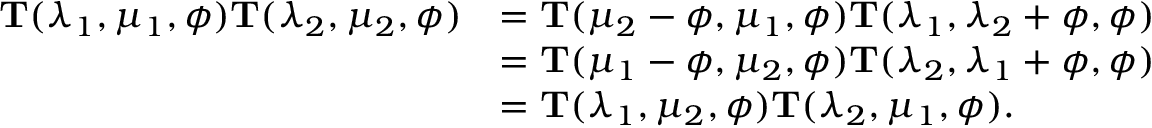
\begin{array} { r l } { \mathbf { T } ( \lambda _ { 1 } , \mu _ { 1 } , \phi ) \mathbf { T } ( \lambda _ { 2 } , \mu _ { 2 } , \phi ) } & { = \mathbf { T } ( \mu _ { 2 } - \phi , \mu _ { 1 } , \phi ) \mathbf { T } ( \lambda _ { 1 } , \lambda _ { 2 } + \phi , \phi ) } \\ & { = \mathbf { T } ( \mu _ { 1 } - \phi , \mu _ { 2 } , \phi ) \mathbf { T } ( \lambda _ { 2 } , \lambda _ { 1 } + \phi , \phi ) } \\ & { = \mathbf { T } ( \lambda _ { 1 } , \mu _ { 2 } , \phi ) \mathbf { T } ( \lambda _ { 2 } , \mu _ { 1 } , \phi ) . } \end{array}